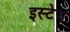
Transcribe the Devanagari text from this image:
इस्टेन